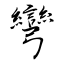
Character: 彎